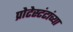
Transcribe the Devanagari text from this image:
प्रोटेस्टंटांच्या